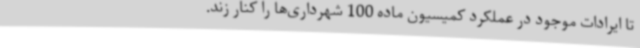
تا ایرادات موجود در عملکرد کمیسیون ماده 100 شهرداری‌ها را کنار زند.